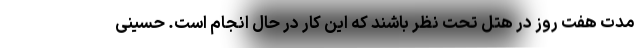
مدت هفت روز در هتل تحت نظر باشند که این کار در حال انجام است. حسینی